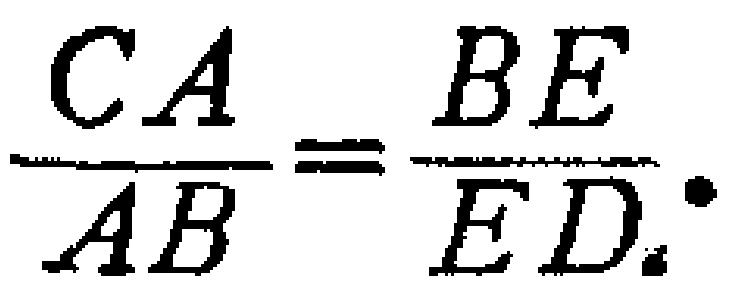
$\frac{CA}{AB}=\frac{BE}{ED}.$